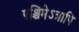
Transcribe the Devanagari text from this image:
पश्चिमेऽत्रापि